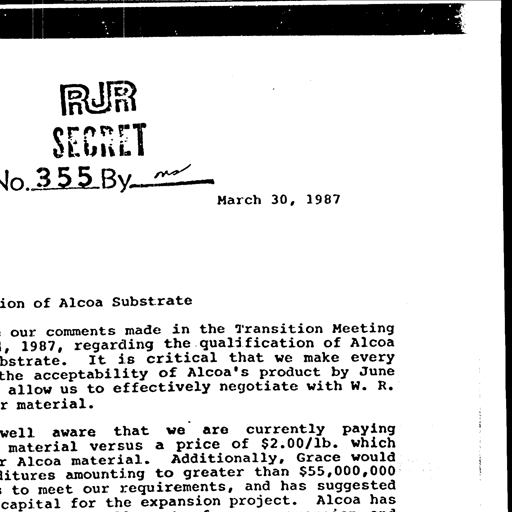
RJR
SECRET
No. 3 5 5 By ms
March 30, 1987
ion of Alcoa Substrate
our comments made in the Transition Meeting
1987, regarding the qualification of Alcoa
bstrate. It is critical that we make every
acceptability of Alcoa's product by June
allow us to effectively negotiate with W. R.
material.
well aware that we are currently paying
material versus a price of $2.00/lb. which
Alcoa material. Additionally, Grace would
itures amounting to greater than $55,000,000
to meet our requirements, and has suggested
capital for the expansion project. Alcoa has